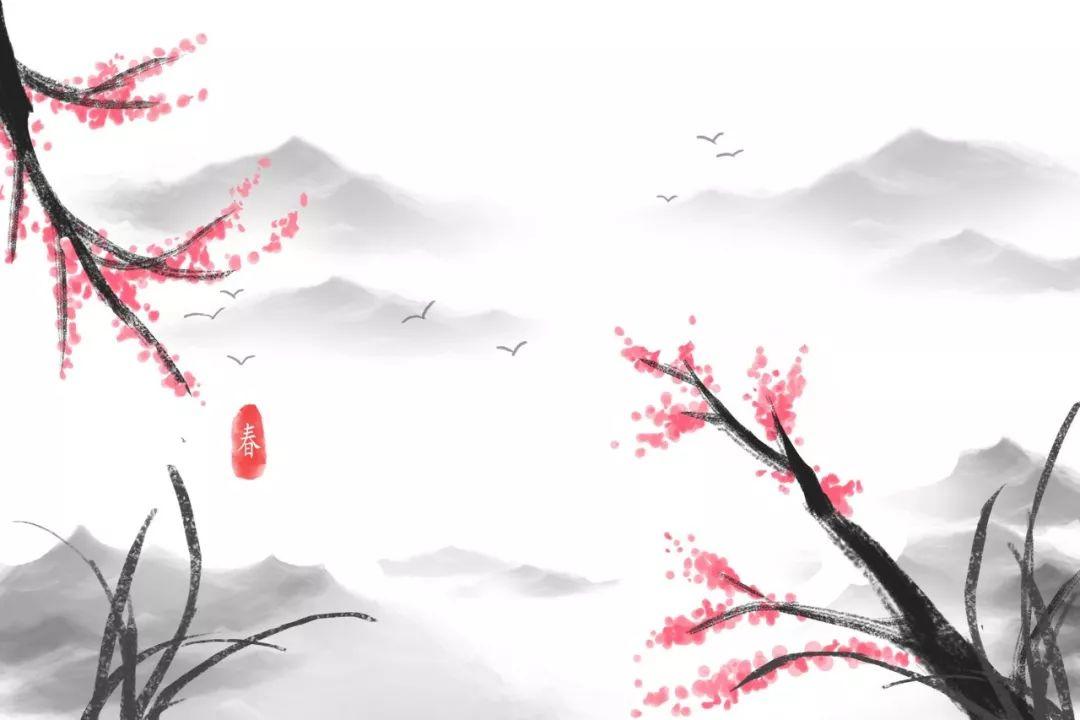
见杨柳飞绵滚滚，对桃花醉脸醺醺。